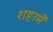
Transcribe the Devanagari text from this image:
शहरमेँ